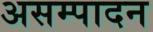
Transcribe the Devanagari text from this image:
असम्पादन